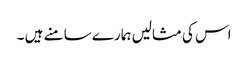
اس کی مثالیں ہمارے سامنے ہیں ۔